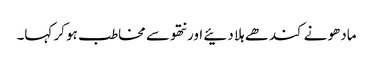
مادھو نے کندھے ہلا دئیے اور نتھو سے مخاطب ہو کر کہا۔